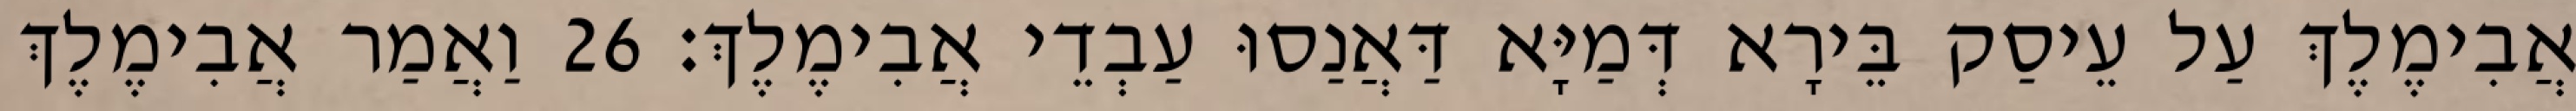
אֲבִימֶלֶךְ עַל עֵיסַק בֵּירָא דְּמַיָּא דַּאֲנַסוּ עַבְדֵי אֲבִימֶלֶךְ׃ 26 וַאֲמַר אֲבִימֶלֶךְ